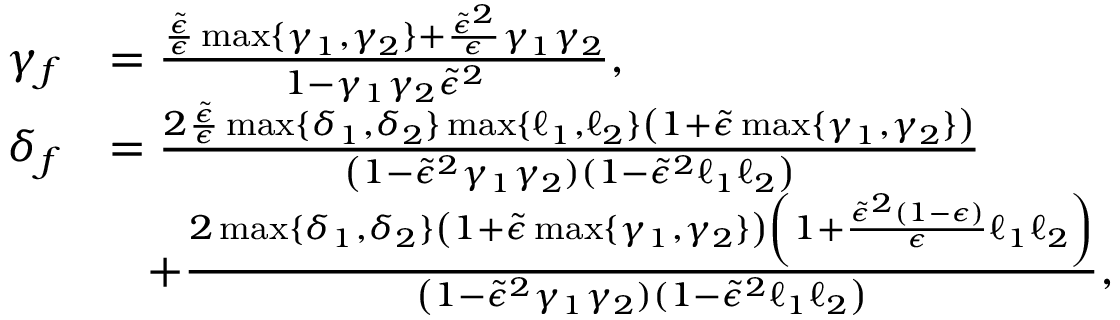
\begin{array} { r l } { \gamma _ { f } } & { = \frac { \frac { \tilde { \epsilon } } { \epsilon } \operatorname* { m a x } \{ \gamma _ { 1 } , \gamma _ { 2 } \} + \frac { \tilde { \epsilon } ^ { 2 } } { \epsilon } \gamma _ { 1 } \gamma _ { 2 } } { 1 - \gamma _ { 1 } \gamma _ { 2 } \tilde { \epsilon } ^ { 2 } } , } \\ { \delta _ { f } } & { = \frac { 2 \frac { \tilde { \epsilon } } { \epsilon } \operatorname* { m a x } \{ \delta _ { 1 } , \delta _ { 2 } \} \operatorname* { m a x } \{ \ell _ { 1 } , \ell _ { 2 } \} \left( 1 + \tilde { \epsilon } \operatorname* { m a x } \{ \gamma _ { 1 } , \gamma _ { 2 } \} \right) } { \left( 1 - \tilde { \epsilon } ^ { 2 } \gamma _ { 1 } \gamma _ { 2 } ) ( 1 - \tilde { \epsilon } ^ { 2 } \ell _ { 1 } \ell _ { 2 } \right) } } \\ & { \; \; \; + \frac { 2 \operatorname* { m a x } \{ \delta _ { 1 } , \delta _ { 2 } \} \left( 1 + \tilde { \epsilon } \operatorname* { m a x } \{ \gamma _ { 1 } , \gamma _ { 2 } \} \right) \left( 1 + \frac { \tilde { \epsilon } ^ { 2 } ( 1 - \epsilon ) } { \epsilon } \ell _ { 1 } \ell _ { 2 } \right) } { \left( 1 - \tilde { \epsilon } ^ { 2 } \gamma _ { 1 } \gamma _ { 2 } ) ( 1 - \tilde { \epsilon } ^ { 2 } \ell _ { 1 } \ell _ { 2 } \right) } , } \end{array}